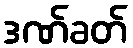
ဒဏ်ခတ်